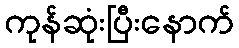
ကုန်ဆုံးပြီးနောက်